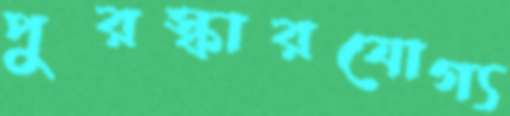
পুরস্কারযোগ্য